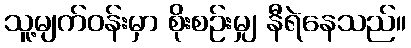
သူ့မျက်ဝန်းမှာ စိုးစဉ်းမျှ နီရဲနေသည်။